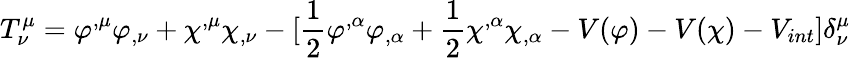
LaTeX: T_{\nu}^{\mu}=\varphi^{,\mu}\varphi_{,\nu}+\chi^{,\mu}\chi_{,\nu}-\lbrack\frac{1}{2}\varphi^{,\alpha}\varphi_{,\alpha}+\frac{1}{2}\chi^{,\alpha}\chi_{,\alpha}-V(\varphi)-V(\chi)-V_{int}\rbrack\delta_{\nu}^{\mu}